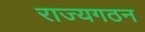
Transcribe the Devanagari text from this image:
राज्यगठन